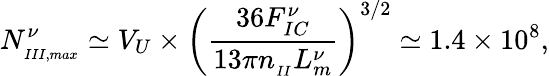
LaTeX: N_{_{III,max}}^{\nu}\simeq V_{U}\times\left(\frac{36F_{IC}^{\nu}}{13\pi n_{_{II}}L_{m}^{\nu}}\right)^{3/2}\simeq 1.4\times 10^{8},